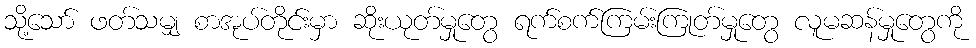
သို့သော် ဖတ်သမျှ စာအုပ်တိုင်းမှာ ဆိုးယုတ်မှုတွေ ရက်စက်ကြမ်းကြုတ်မှုတွေ လူမဆန်မှုတွေကို